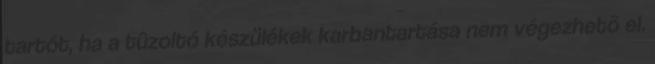
tartót, ha a tûzoltó készülékek karbantartása nem végezhetõ el.